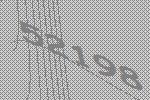
52198